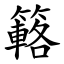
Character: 簵